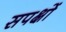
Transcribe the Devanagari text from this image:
सपक्षों